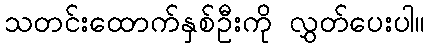
သတင်းထောက်နှစ်ဦးကို လွှတ်ပေးပါ။